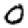
Digit: 0